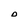
Character: D